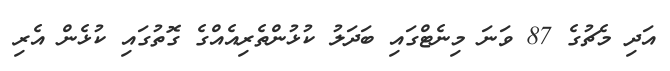
އަދި މެޗުގެ 87 ވަނަ މިނެޓްގައި ބަދަލު ކުޅުންތެރިއެއްގެ ގޮތުގައި ކުޅެން އެރި